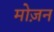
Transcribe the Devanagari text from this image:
मोज़न